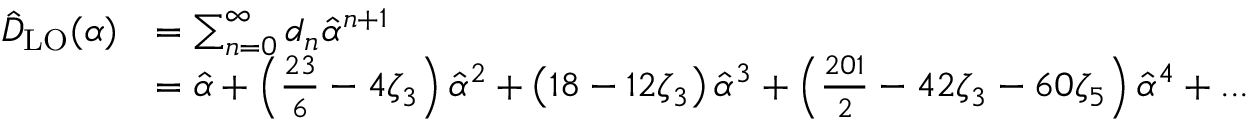
\begin{array} { r l } { \hat { D } _ { \mathrm { L O } } ( \alpha ) } & { = \sum _ { n = 0 } ^ { \infty } d _ { n } \hat { \alpha } ^ { n + 1 } } \\ & { = \hat { \alpha } + \left( \frac { 2 3 } { 6 } - 4 \zeta _ { 3 } \right) \hat { \alpha } ^ { 2 } + \left( 1 8 - 1 2 \zeta _ { 3 } \right) \hat { \alpha } ^ { 3 } + \left( \frac { 2 0 1 } { 2 } - 4 2 \zeta _ { 3 } - 6 0 \zeta _ { 5 } \right) \hat { \alpha } ^ { 4 } + . . . } \end{array}